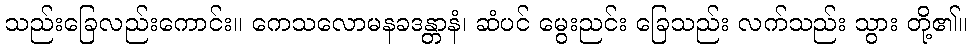
သည်းခြေလည်းကောင်း။ ကေသလောမနခဒန္တာနံ၊ ဆံပင် မွေးညင်း ခြေသည်း လက်သည်း သွား တို့၏။